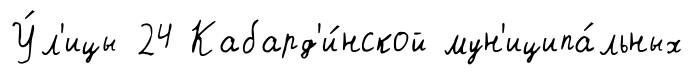
У́л'ицы 24 Кабард'и́нской мун'иципа́льных